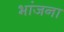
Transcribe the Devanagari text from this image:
भांजना